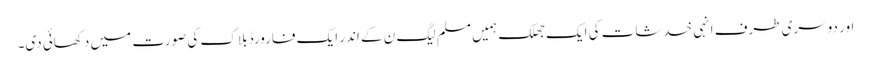
اور دوسری طرف انہی خدشات کی ایک جھلک ہمیں مسلم لیگ ن کے اندر ایک فارورڈ بلاک کی صورت میں دکھائی دی۔